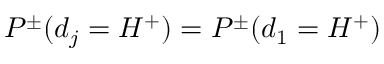
P ^ { \pm } ( d _ { j } = H ^ { + } ) = P ^ { \pm } ( d _ { 1 } = H ^ { + } )